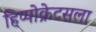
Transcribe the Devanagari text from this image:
हिप्पोक्रेटसला